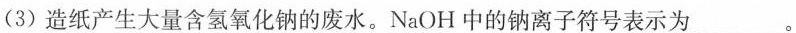
(3)造纸产生大量含氢氧化钠的废水。NaOH中的钠离子符号表示为_。